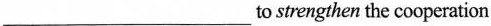
___ to strengthen the cooperation